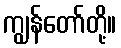
ကျွန်တော်တို့။